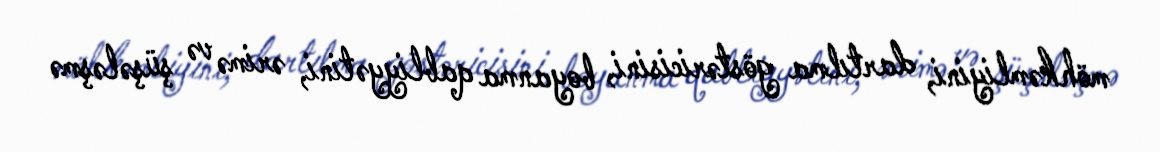
möhkəmliyini, dartılma göstəricisini, boyanma qabliyyətini, ərimə və şüşələşmə